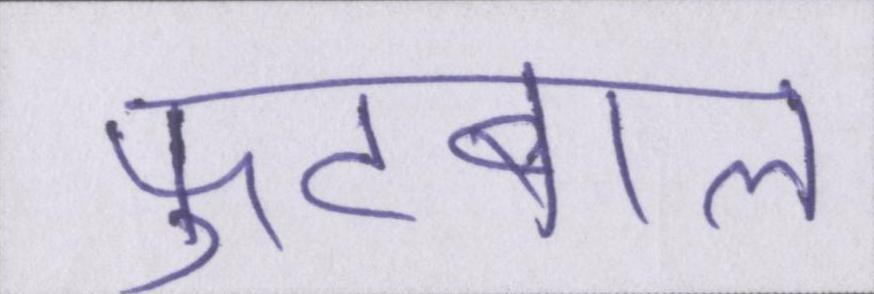
फुटबाल